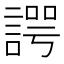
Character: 諤